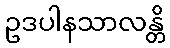
ဥဒပါနသာလန္တိ